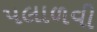
પલાળવી